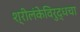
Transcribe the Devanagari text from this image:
श्रीलंकेविरुद्धचा